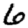
Digit: 6